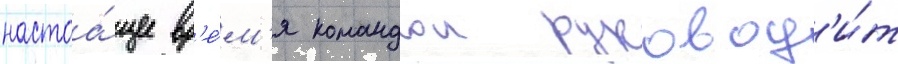
настоа́щее вр'е́м'я командои руковод'и́т